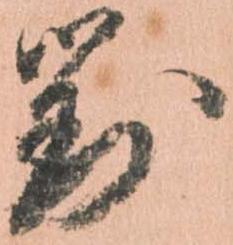
対